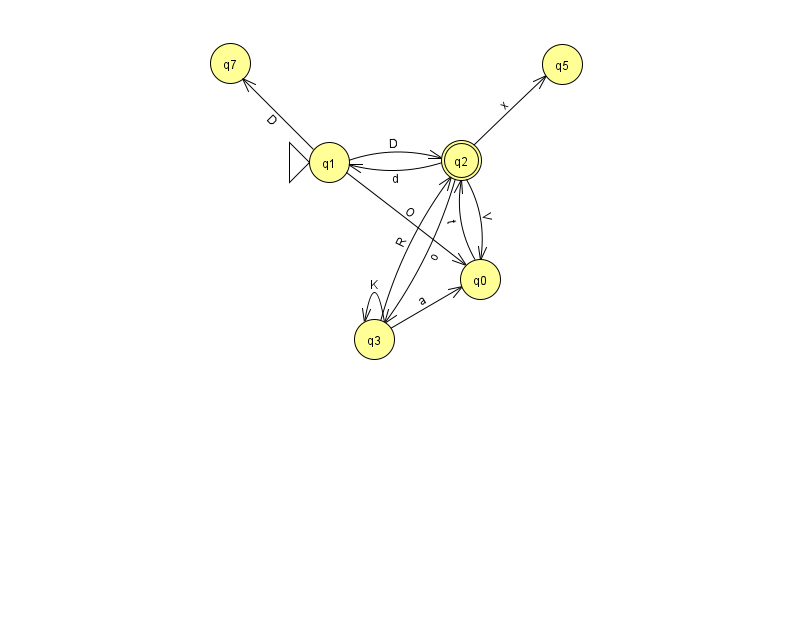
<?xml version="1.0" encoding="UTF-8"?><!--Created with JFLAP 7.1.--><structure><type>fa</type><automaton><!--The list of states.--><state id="0" name="q0"><x>480.0</x><y>266.0</y></state><state id="1" name="q1"><x>329.0</x><y>149.0</y><initial/></state><state id="2" name="q2"><x>461.0</x><y>147.0</y><final/></state><state id="3" name="q3"><x>374.0</x><y>326.0</y></state><state id="5" name="q5"><x>562.0</x><y>51.0</y></state><state id="7" name="q7"><x>230.0</x><y>50.0</y></state><!--The list of transitions.--><transition><from>0</from><to>2</to><read>t</read></transition><transition><from>2</from><to>5</to><read>x</read></transition><transition><from>3</from><to>2</to><read>R</read></transition><transition><from>1</from><to>7</to><read>D</read></transition><transition><from>1</from><to>0</to><read>O</read></transition><transition><from>2</from><to>0</to><read>V</read></transition><transition><from>3</from><to>0</to><read>a</read></transition><transition><from>3</from><to>3</to><read>K</read></transition><transition><from>2</from><to>3</to><read>o</read></transition><transition><from>1</from><to>2</to><read>D</read></transition><transition><from>2</from><to>1</to><read>d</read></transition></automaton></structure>